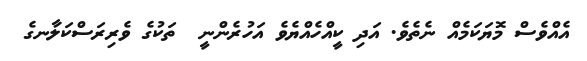
އެއްވެސް މޮޔަކަމެއް ނެތެވެ. އަދި ކީއްހެއްޔެވެ އަހުރެންނީ  ތަކުގެ ވެރިރަސްކަލާނގެ